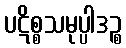
ပဋိစ္စသမုပ္ပါဒဉ္စ